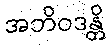
အဘိဝဒန္တိ